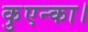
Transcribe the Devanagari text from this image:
कुएन्का।